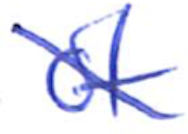
Text: of
Cross-out: diagonal
Writing tool: ballpoint